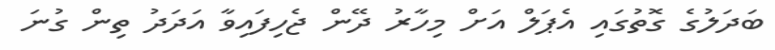
ބަދަލުގެ ގޮތުގައި އެޕަލް އަށް މިހާރު ދޭން ޖެހިފައިވާ އަދަދު ތިން ގުނަ